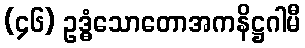
(၄၆) ဥဒ္ဓံသောတောအကနိဋ္ဌဂါမီ